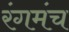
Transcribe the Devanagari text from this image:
रंगमंच